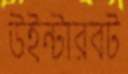
উইন্টারবট